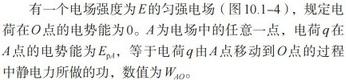
有一个电场强度为$E$的匀强电场（图10.1 - 4），规定电荷在$O$点的电势能为$E_{\text{p}0}$。$A$为电场中的任意一点，电荷$q$在$A$点的电势能为$E_{\text{p}A}$，等于电荷$q$由$A$点移动到$O$点的过程中电场力做的功$W_{AO}$。